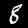
Label: 8